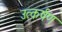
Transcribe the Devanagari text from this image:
उत्कर्षण